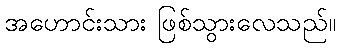
အဟောင်းသား ဖြစ်သွားလေသည်။